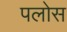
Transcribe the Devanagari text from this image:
पलोस